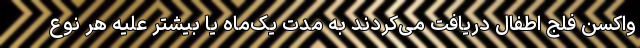
واکسنِ فلج اطفال دریافت می‌کردند به مدت یک‌ماه یا بیشتر علیه هر نوع